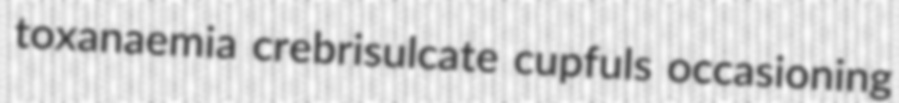
toxanaemia crebrisulcate cupfuls occasioning